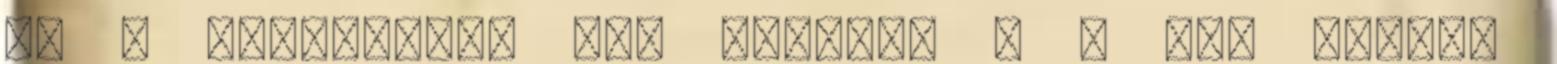
be a köztudatba egy édesapa – ő az, akinek